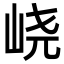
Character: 峣